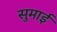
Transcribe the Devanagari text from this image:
सुमाई